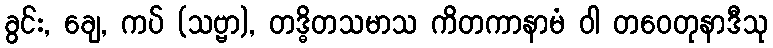
ခွင်း, ချေ, ကပ် (သဗ္ဗာ), တဒ္ဓိတသမာသ ကိတကာနာမံ ဝါ တဝေတုနာဒီသု